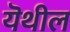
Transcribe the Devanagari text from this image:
यॆथील